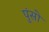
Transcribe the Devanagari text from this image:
पुंसो